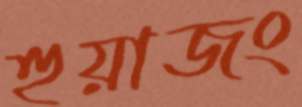
হুয়াজং